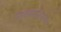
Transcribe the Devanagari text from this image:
साकम्भरिनरेश